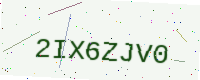
Text: 2IX6ZJV0